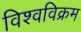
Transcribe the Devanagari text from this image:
विश्‍वविक्रम